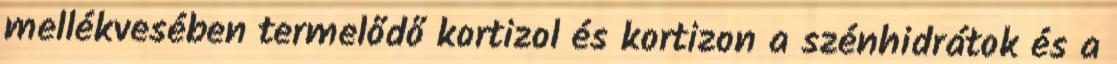
mellékvesében termelődő kortizol és kortizon a szénhidrátok és a